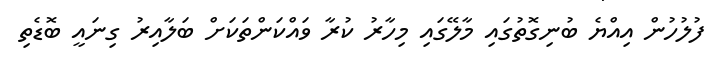
ފުލުހުން އިއްޔެ ބުނިގޮތުގައި މާލޭގައި މިހާރު ކުރާ ވައްކަންތަކަށް ބަލާއިރު ގިނައީ ބޮޑެތި